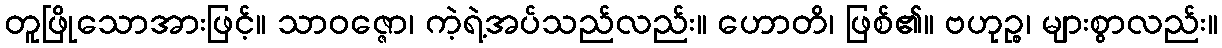
တူဖြိုသောအားဖြင့်။ သာဝဇ္ဇော၊ ကဲ့ရဲ့အပ်သည်လည်း။ ဟောတိ၊ ဖြစ်၏။ ဗဟုဉ္စ၊ များစွာလည်း။